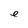
Character: e